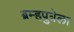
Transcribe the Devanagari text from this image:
ब्रम्हपुत्रेला